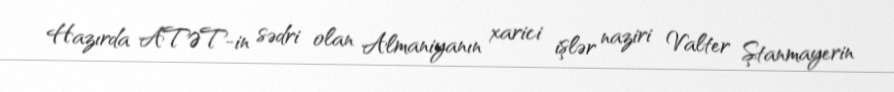
Hazırda ATƏT-in sədri olan Almaniyanın xarici işlər naziri Valter Ştanmayerin